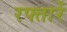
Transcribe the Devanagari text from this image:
रफ्तारें